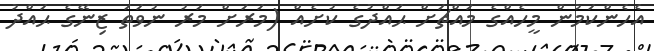
އެހެންކަމުން މީހެއްގެ މައްޗަށް ޙައްދުގެ ކުށެއް (މަރަށް މަރު ނުވަތަ ޒިނޭގެ ޙައްދު